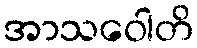
အာသဝေါတိ